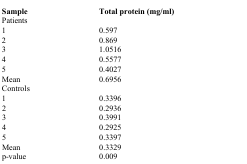
<table><thead><tr><td><b>Sample</b></td><td><b>Total protein (mg/ml)</b></td></tr></thead><tbody><tr><td>Patients</td><td></td></tr><tr><td>1</td><td>0.597</td></tr><tr><td>2</td><td>0.869</td></tr><tr><td>3</td><td>1.0516</td></tr><tr><td>4</td><td>0.5577</td></tr><tr><td>5</td><td>0.4027</td></tr><tr><td>Mean</td><td>0.6956</td></tr><tr><td>Controls</td><td></td></tr><tr><td>1</td><td>0.3396</td></tr><tr><td>2</td><td>0.2936</td></tr><tr><td>3</td><td>0.3991</td></tr><tr><td>4</td><td>0.2925</td></tr><tr><td>5</td><td>0.3397</td></tr><tr><td>Mean</td><td>0.3329</td></tr><tr><td>p-value</td><td>0.009</td></tr></tbody></table>